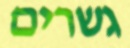
גשרים